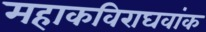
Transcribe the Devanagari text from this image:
महाकविराघवांक